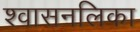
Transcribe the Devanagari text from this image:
श्‍वासनलिका